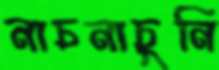
নাচনাচুনি